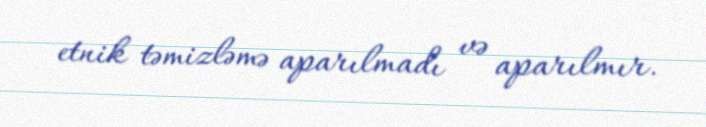
etnik təmizləmə aparılmadı və aparılmır.